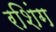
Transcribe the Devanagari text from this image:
रशिंग